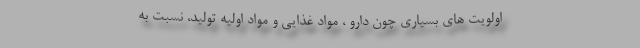
اولویت های بسیاری چون دارو ، مواد غذایی و مواد اولیه تولید، نسبت به